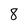
Character: 8